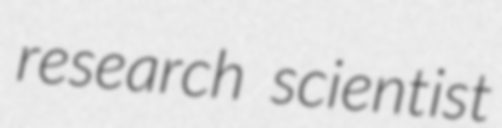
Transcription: research scientist